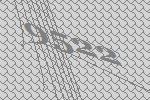
9522